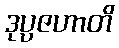
ဒုပ္ပဇဟာတိ